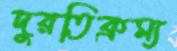
দুরতিক্রম্য